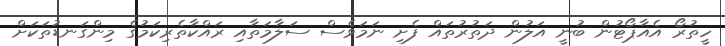
ހީތުރޯ އެއާޕޯޓުން ބުނީ އަލުން ދަތުރުތައް ފެށި ނަމަވެސް ސަލާމަތާއި ރައްކާތެރިކަމުގެ މިންގަނޑުތަކަށް